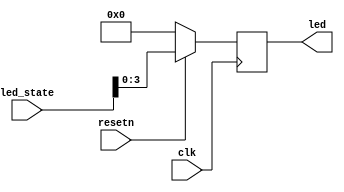
/*----------------------------------------------------------------------------
--     Name    : LED Controller
--     Made by : Maduinos
--     Date    : 2023/08/17
--     Blog    : https://maduinos.blogspot.com/
--     Ver.    : 0.01
--     WORK    : First Draft
----------------------------------------------------------------------------*/
`timescale 1ns/1ps

module led_ctrl # (
    parameter LED_NUM = 4
)
(
    input                       clk,
    input                       resetn,
    output reg  [LED_NUM-1:0]   led,

    // register
    input       [31:0]          led_state
);

always @(posedge clk) begin
    if(!resetn)     led <= {LED_NUM{1'b0}};
    else            led <= led_state[LED_NUM-1:0];
end

endmodule